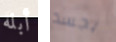
أبله بجسد